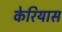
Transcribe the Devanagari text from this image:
केरियास